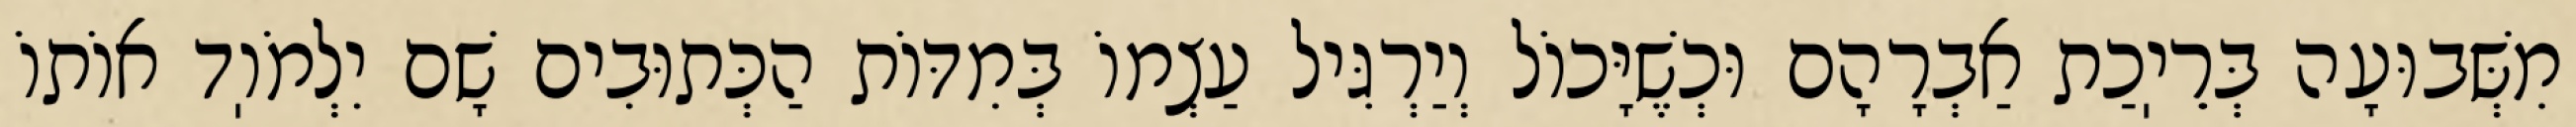
מִשְּׁבוּעָה בְּרֵיֽכַת אַבְרָהָם וּכְשֶׁיָּכוֹל וְיַרְגִּיל עַצְמוֹ בְּמִדּוֹת הַכְּתוּבִים שָׁם יִלְמֹוֽד אוֹתוֹ